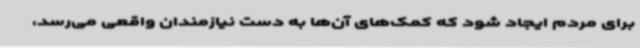
برای مردم ایجاد شود که کمک‌های آن‌ها به دست نیازمندان واقعی می‌رسد،